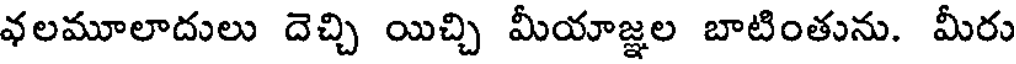
వలమూలాదులు దెచ్చి యిచ్చి మీయాజ్ఞల బాటింతును. మీరు